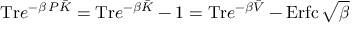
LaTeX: \mathrm { T r } e ^ { - \beta \, P \bar { { \cal K } } } = \mathrm { T r } e ^ { - \beta \bar { { \cal K } } } - 1 = \mathrm { T r } e ^ { - \beta \bar { { \cal V } } } - \mathrm { E r f c } \, \sqrt { \beta }